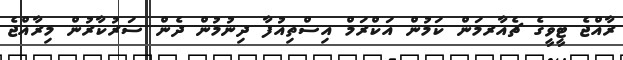
ރާއްޖެ ޓީވީގެ ޗެެއާރމަން ކަމުން އަކްރަމް އިސްތިއުފާ ދިނުމުން ދެން ސަރުކާރުން މިރާއްޖެ